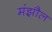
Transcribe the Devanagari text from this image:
मंझौल